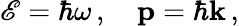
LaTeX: \mathscr{E}=\hbar\omega\, ,\quad\mathbf{{p}}=\hbar\mathbf{{k}}\, ,